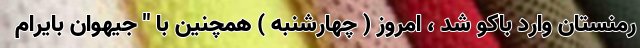
رمنستان وارد باکو شد ، امروز ( چهارشنبه ) همچنین با " جیهوان بایرام